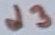
Text: d3